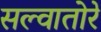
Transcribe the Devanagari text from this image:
सल्वातोरे